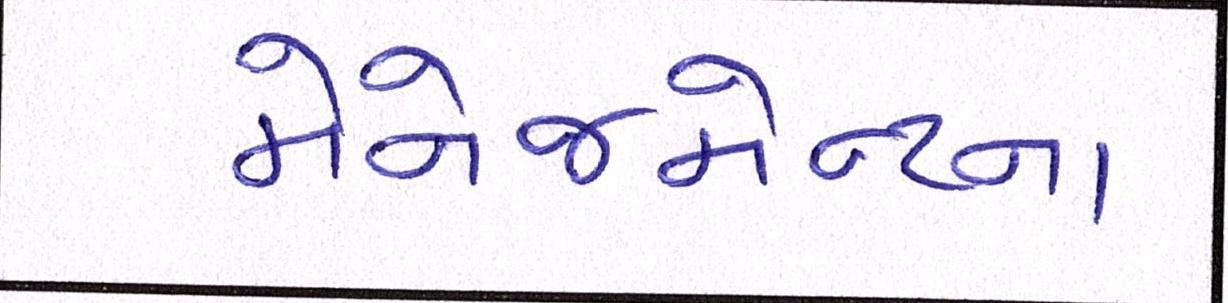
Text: મેનેજમેન્ટના